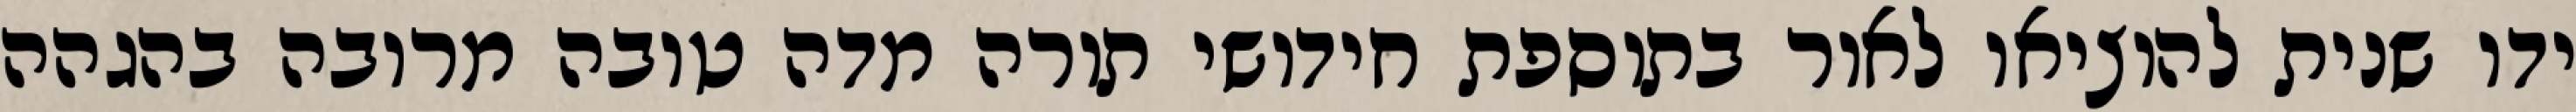
ידו שנית להוציאו לאור בתוספת חידושי תורה מדה טובה מרובה בהגהה